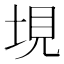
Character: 垷